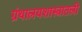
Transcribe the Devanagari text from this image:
ग्रंथालयशास्त्रातली